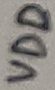
Text: VDD